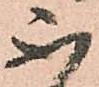
不